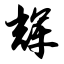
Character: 辉